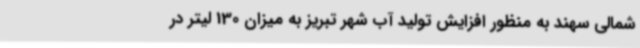
شمالی سهند به منظور افزایش تولید آب شهر تبریز به میزان 130 لیتر در